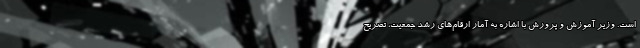
است. وزیر آموزش و پرورش با اشاره به آمار ارقام‌های رشد جمعیت، تصریح